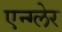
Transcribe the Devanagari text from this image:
एन्ग्लेर